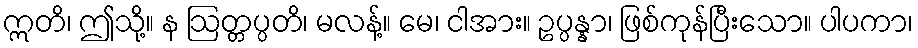
ဣတိ၊ ဤသို့။ န ဩတ္တပ္ပတိ၊ မလန့်။ မေ၊ ငါအား။ ဥပ္ပန္နာ၊ ဖြစ်ကုန်ပြီးသော။ ပါပကာ၊